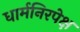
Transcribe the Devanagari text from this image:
धार्मनिरपेक्ष